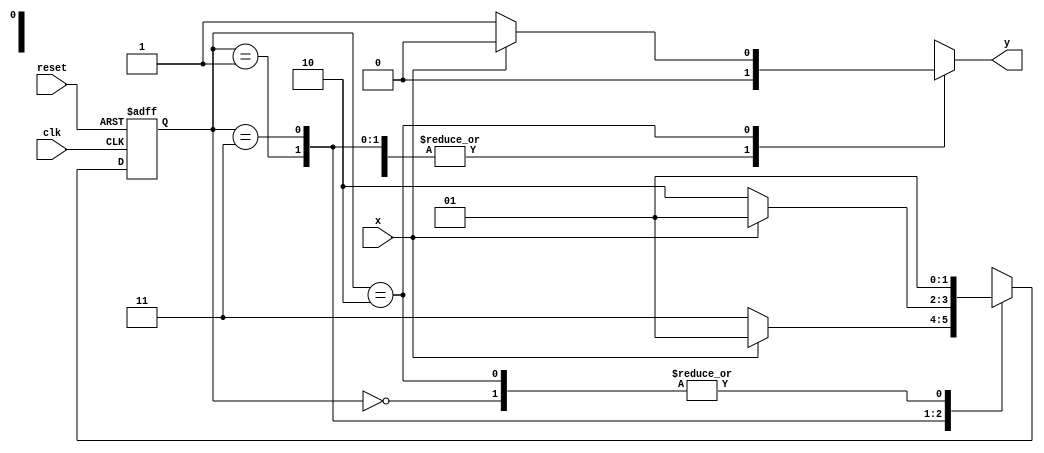
// ------------------------- 
// Mealy x000 
// Nome: Michelle da Costa Silva 
// -------------------------

// -------------- 
// --- Mealy FSM 
// -------------- 

/* 
           Mealy FSM Diagram 
          __________________ 
         /                  \ 
       1 v   0         0    1 | // found 
[start]--->[id1]--->[id11]--->[id110] 
  ^ \0     0 |       1 / ^   0 | // not found 
  \_/       /        \__/      |
   \_______/                  / 
    \                        / 
     \______________________/ 
*/ 

// constant definitions 
   `define found 1 
   `define notfound 0 
	
// FSM by Mealy 
    module mealyx000 ( y, x, clk, reset ); 
      output y; 
      input x; 
      input clk; 
      input reset; 

      reg y; 
		
    parameter // state identifiers 
      start = 2'b00, 
      id1 = 2'b01, 
      id11 = 2'b11, 
      id110 = 2'b10; 
		
   reg [1:0] E1; // current state variables 
   reg [1:0] E2; // next state logic output
	 
// next state logic 
   always @( x or E1 ) 
	
   begin 
   y = `notfound; 
   case ( E1 ) 
   start: 
    if ( x ) 
      E2 = id1; 
    else 
      E2 = id1; 
   id1: 
    if ( x ) 
      E2 = id1; 
    else 
      E2 = id11; 
   id11: 
    if ( x ) 
      E2 = id1; 
    else 
      E2 = id110; 
   id110: 
    if ( x ) 
      begin 
      E2 = id1; 
      y = `notfound; 
      end
    else 
      begin 
      E2 = id1; 
      y = `found; 
      end 
		
    default: // undefined state 
      E2 = 2'bxx; 
    endcase 
    end // always at signal or state changing 

// state variables 
     always @( posedge clk or negedge reset ) 
     begin 
      if ( reset ) 
       E1 = E2; // updates current state 
      else 
       E1 = 0; // reset 
      end // always at signal changing 
     
	   endmodule // mealyx000